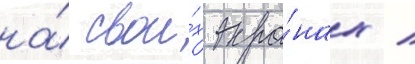
на́ свои́х экра́нах /